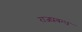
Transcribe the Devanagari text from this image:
राजप्रबन्ध